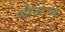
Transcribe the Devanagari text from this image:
फीऊःव्व